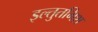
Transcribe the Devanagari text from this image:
इल्‍तुतमिश